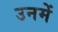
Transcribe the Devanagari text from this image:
उनमेें